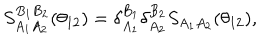
LaTeX: S _ { A _ { 1 } A _ { 2 } } ^ { B _ { 1 } B _ { 2 } } ( \theta _ { 1 2 } ) = \delta _ { A _ { 1 } } ^ { B _ { 1 } } \delta _ { A _ { 2 } } ^ { B _ { 2 } } S _ { A _ { 1 } A _ { 2 } } ( \theta _ { 1 2 } ) ,